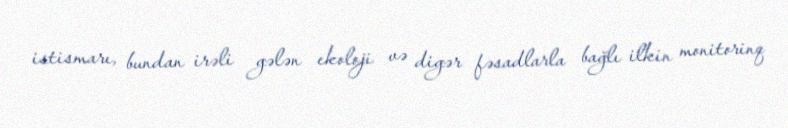
istismarı, bundan irəli gələn ekoloji və digər fəsadlarla bağlı ilkin monitorinq